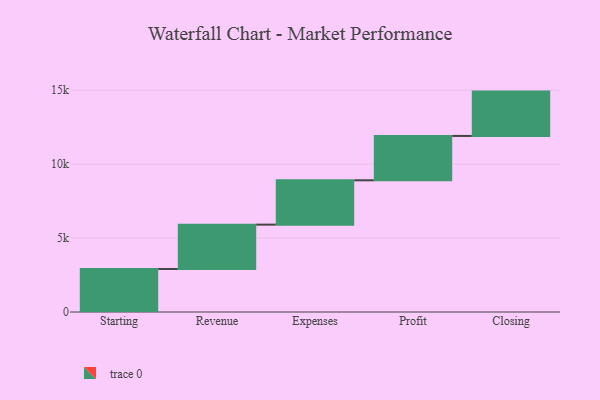
{"axis": {"x": "Step", "y": "Value"}, "legend": [""], "data": [{"x": "Starting", "y": 2911.0, "type": ""}, {"x": "Revenue", "y": 3000, "type": ""}, {"x": "Expenses", "y": 3000, "type": ""}, {"x": "Profit", "y": 3000, "type": ""}, {"x": "Closing", "y": 3000, "type": ""}]}